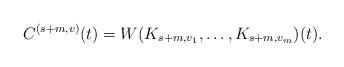
LaTeX: \begin{align*} C^{(s+m, v)} (t) = W ( K_{s+m, v_1}, \dots, K_{s+m, v_m}) (t).\end{align*}